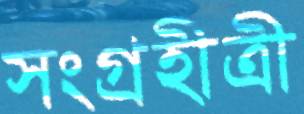
সংগ্রহীত্রী